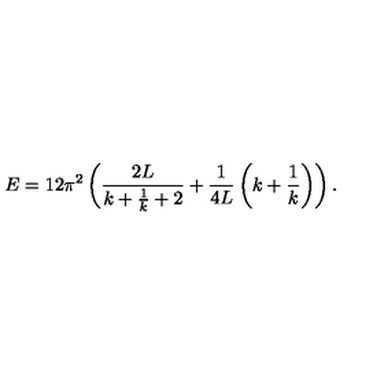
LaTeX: E = 1 2 \pi ^ { 2 } \left( \frac { 2 L } { k + \frac { 1 } { k } + 2 } + \frac { 1 } { 4 L } \left( k + \frac { 1 } { k } \right) \right) .